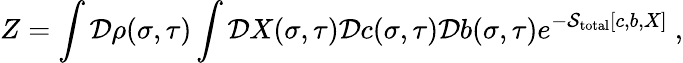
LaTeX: Z=\int{\cal D}\rho(\sigma,\tau)\int{\cal D}X(\sigma,\tau){\cal D}c(\sigma,\tau){\cal D}b(\sigma,\tau)e^{-{\cal S}_{\mathrm{total}}[c,b,X]}~,